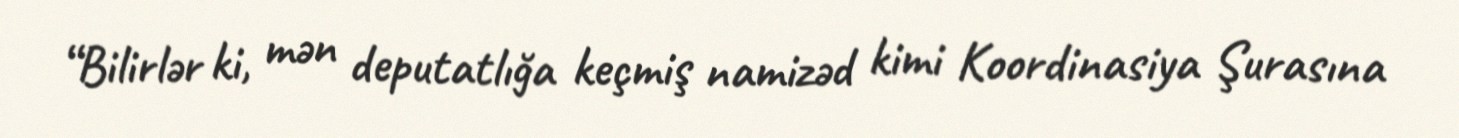
“Bilirlər ki, mən deputatlığa keçmiş namizəd kimi Koordinasiya Şurasına